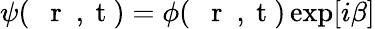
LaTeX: \psi(\mathrm{~{~\mathbf~r~}~,~t~})=\phi(\mathrm{~{~\mathbf~r~}~,~t~})\exp[i\beta]